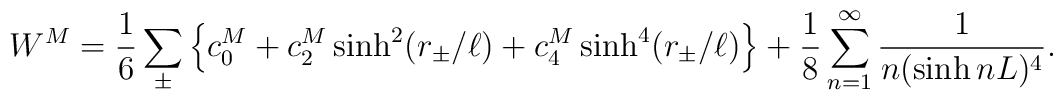
W^M=\frac16\sum_{\pm}\left\{c^M_0+c^M_2\sinh^2(r_\pm/\ell)+c^M_4\sinh^4(r_\pm/\ell)\right\}+\frac{1}{8}\sum^\infty_{n=1}\frac{1}{n(\sinh nL)^4}.